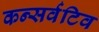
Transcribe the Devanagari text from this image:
कन्सर्वटिव